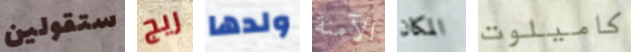
ستقولين ريج ولدها الآمنة المكان كاميلوت